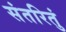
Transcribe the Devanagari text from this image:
संतरितुं